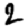
Digit: 2